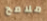
ملامح